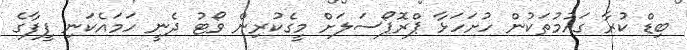
ބިޑް ކުރާ ގައުމުތަކުން ހުށަހަޅާ ޕްރޮޕޯސަލަށް މީގެކުރިން ވޯޓު ދެނީ ހަމައެކަނި ފީފާގެ